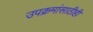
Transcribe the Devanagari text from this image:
उपक्रमांसाठीही